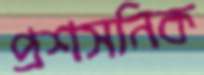
প্রশসনিক